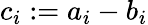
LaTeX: c_{i}:=a_{i}-b_{i}